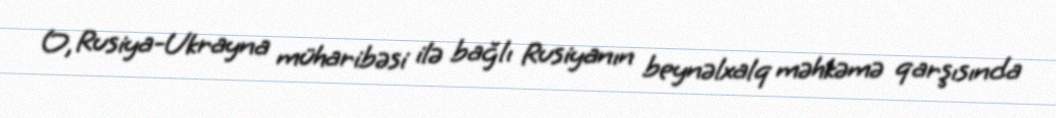
O, Rusiya-Ukrayna müharibəsi ilə bağlı Rusiyanın beynəlxalq məhkəmə qarşısında